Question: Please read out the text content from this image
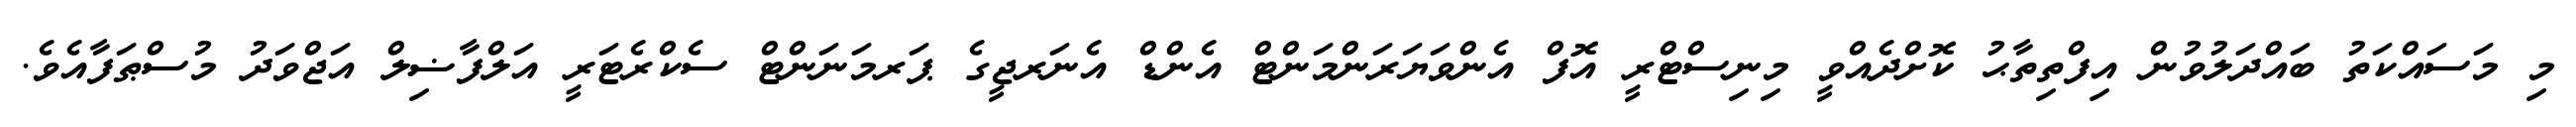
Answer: މި މަސައްކަތު ބައްދަލުވުން އިފްތިތާޙު ކޮށްދެއްވީ މިނިސްޓްރީ އޮފް އެންވަޔަރަންމަންޓް އެންޑް އެނަރޖީގެ ޕަރމަނަންޓް ސެކްރެޓަރީ އަލްފާޟިލް އަޖްވަދު މުސްޠަފާއެވެ.